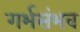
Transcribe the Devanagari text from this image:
गर्भसंभव